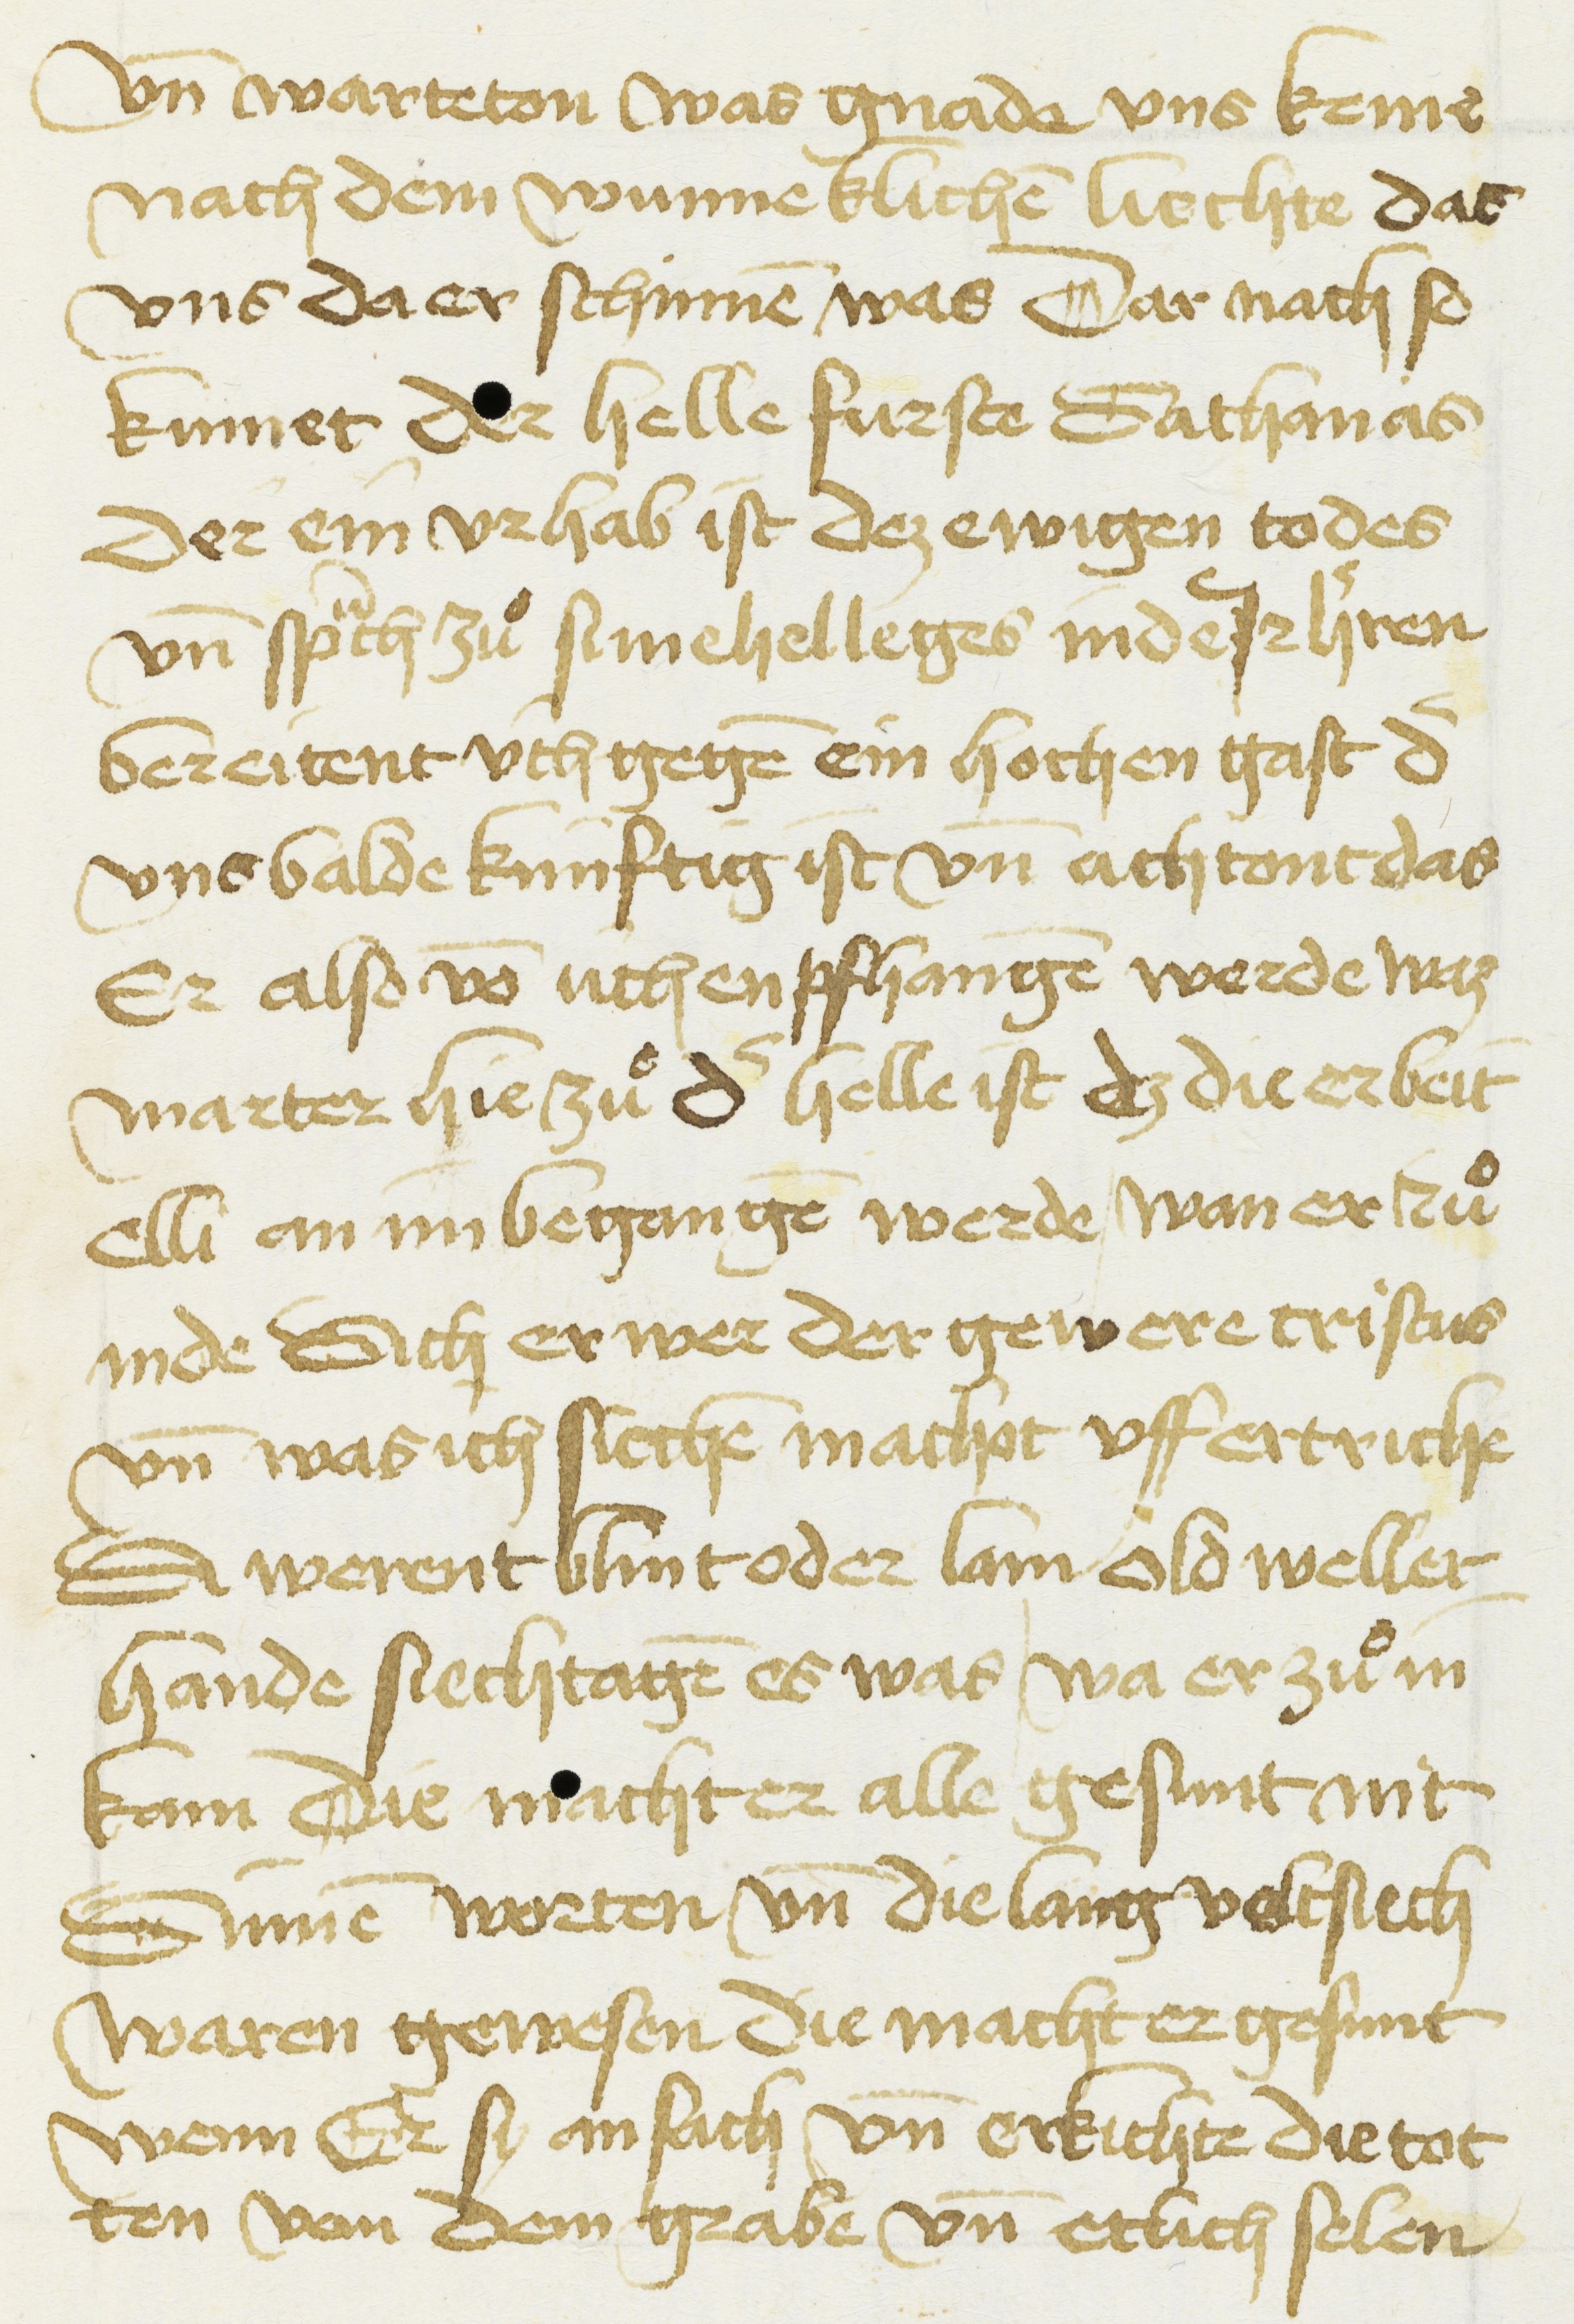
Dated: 1450–1499